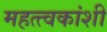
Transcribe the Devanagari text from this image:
महत्त्वकांशी